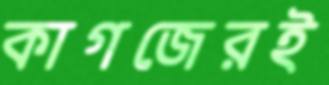
কাগজেরই